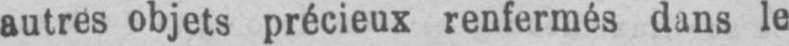
autres objets précieux renfermés dans le